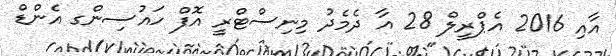
އާއި 2016 އެޕްރީލް 28 އާ ދެމެދު މިނިސްޓްރީ އޮފް ހައުސިންގ އެންޑް